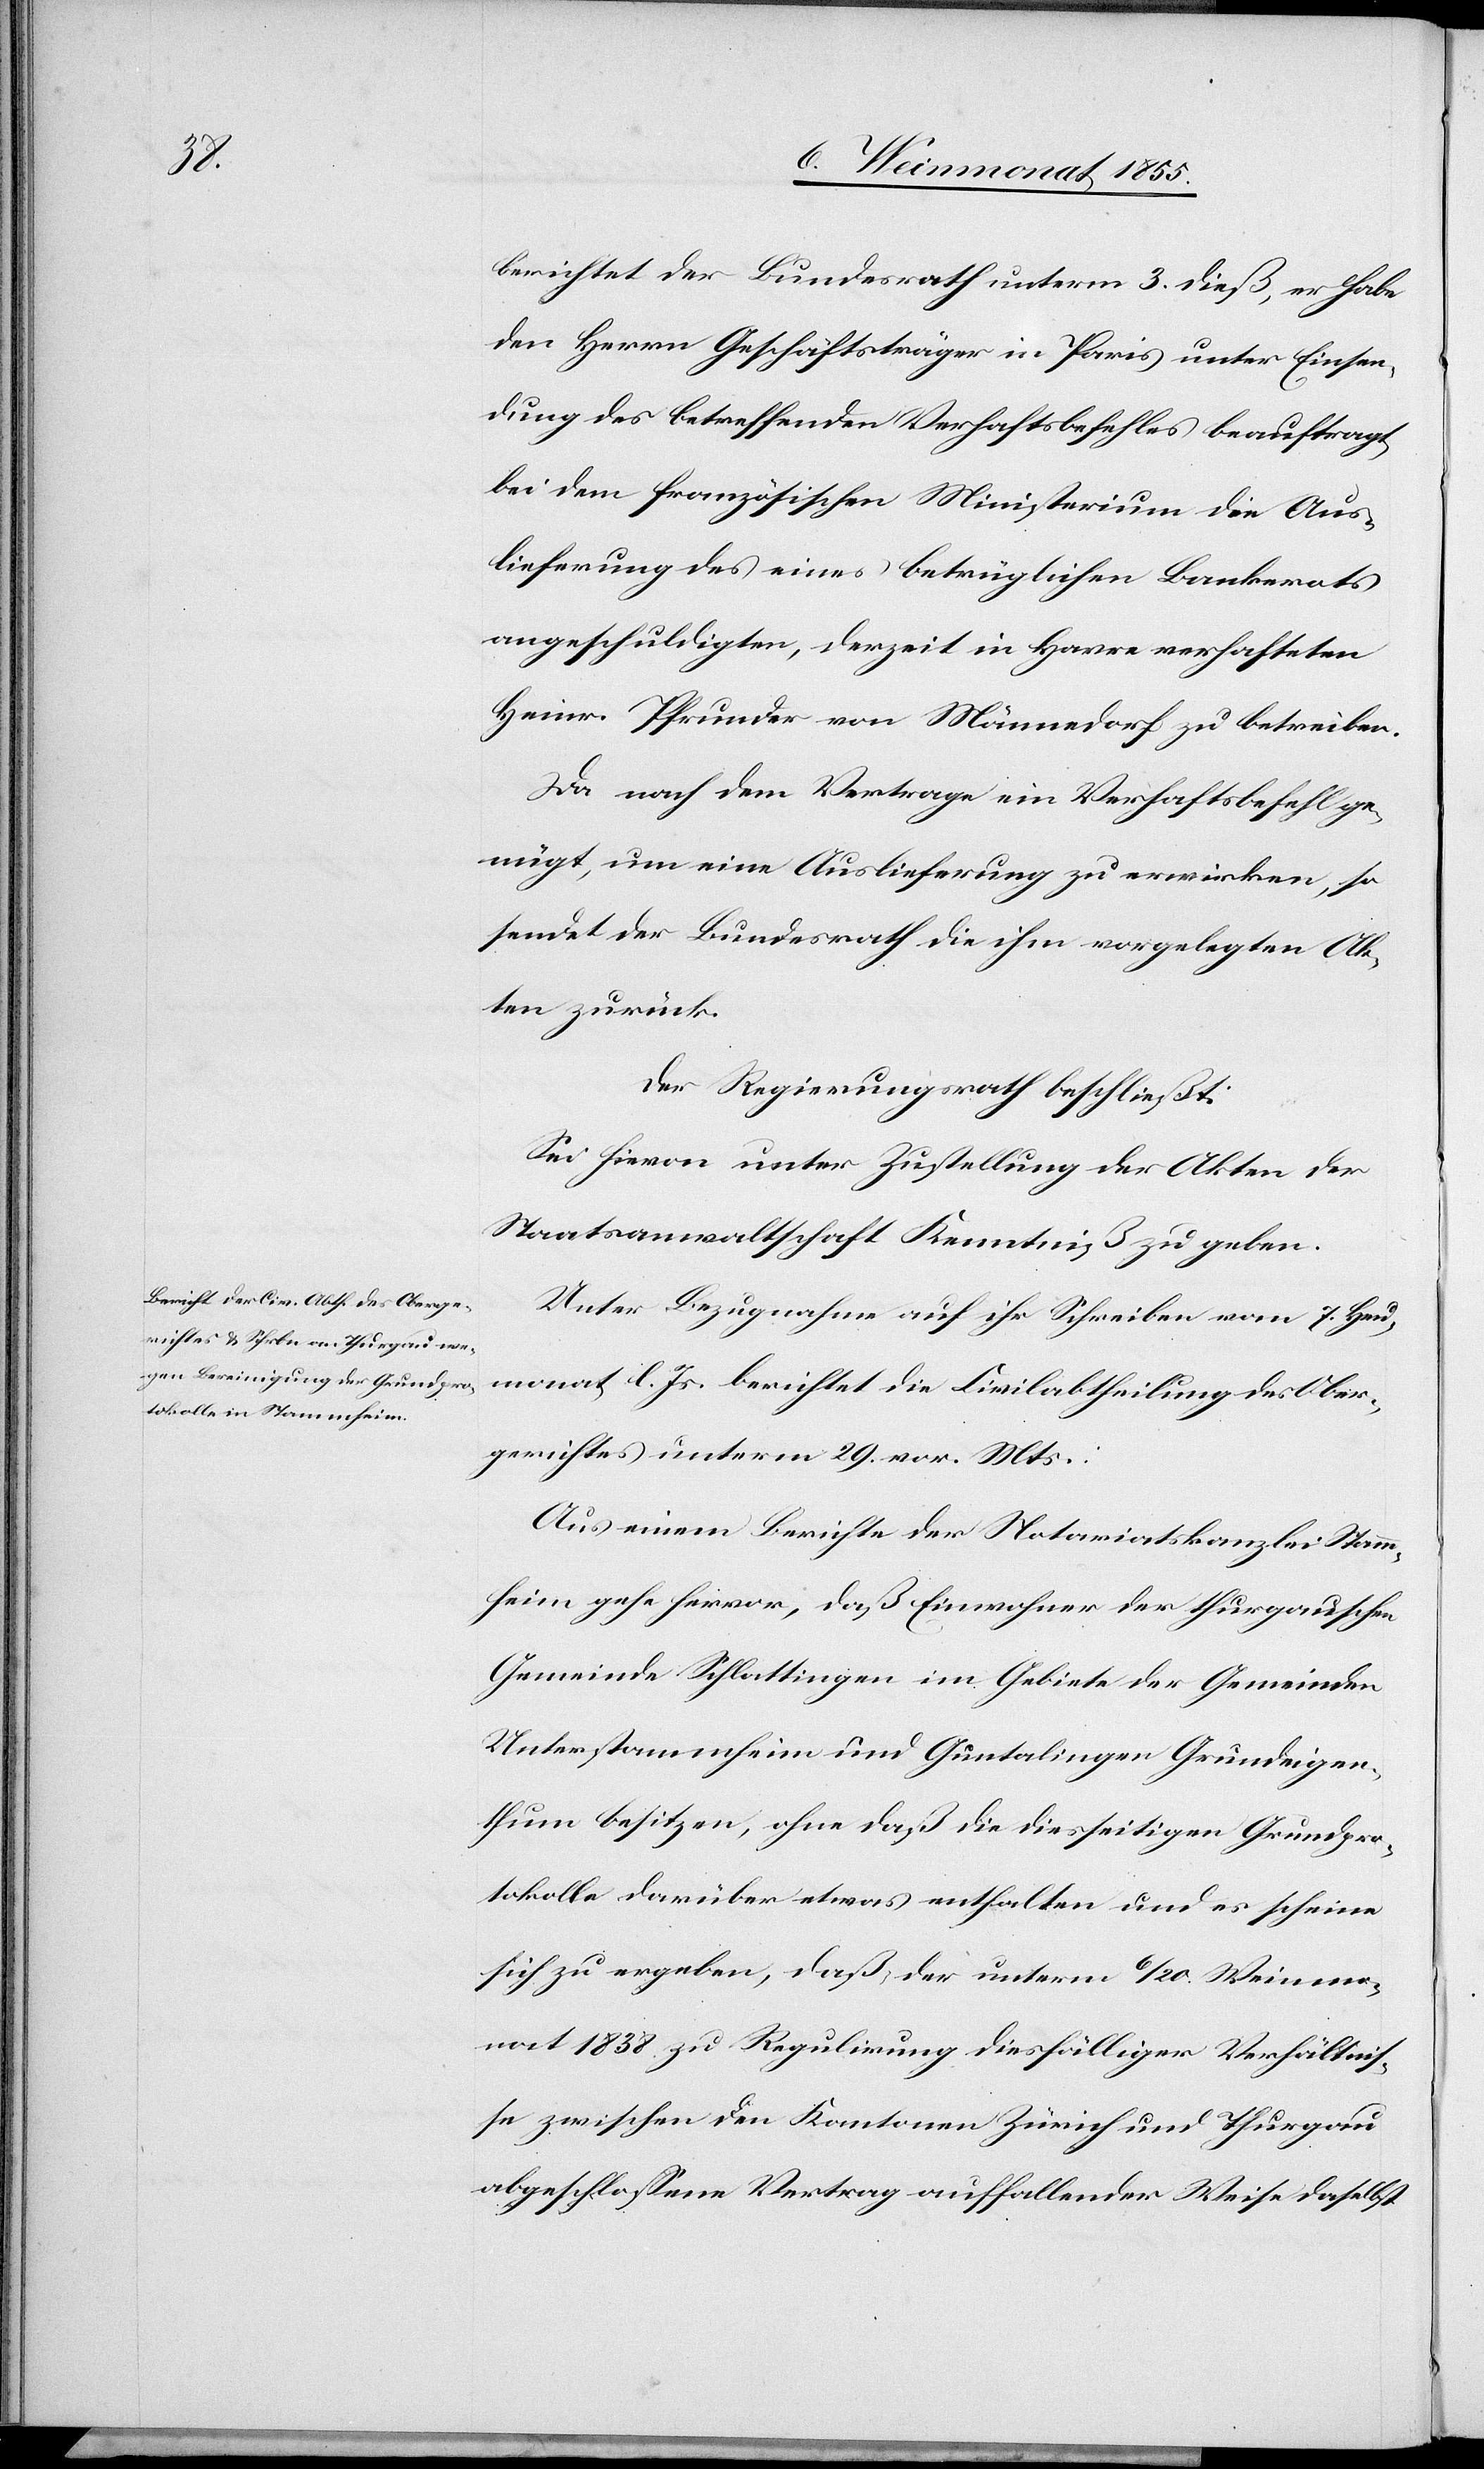
berichtet der Bundesrath unterm 3. dieß, er habe
den Herrn Geschäftsträger in Paris unter Einsen¬
dung des betreffenden Verhaftsbefehles beauftragt
bei dem französischen Ministerium die Aus¬
lieferung des eines betrüglichen Bankerots
angeschuldigten, derzeit in Havre verhafteten
Heinr. Pfrunder von Männedorf zu betreiben.
Da nach dem Vertrage ein Verhaftsbefehl ge¬
nügt, um eine Auslieferung zu erwirken, so
sendet der Bundesrath die ihm vorgelegten Ak¬
ten zurück.
Der Regierungsrath beschließt:
Sei hievon unter Zustellung der Akten der
Staatsanwaltschaft Kenntniß zu geben.
Unter Bezugnahme auf ihr Schreiben vom 7. Heu¬
monat l. Js. berichtet die Civilabtheilung des Ober¬
gerichtes unterm 29. vor. Mts.:
Aus einem Berichte der Notariatskanzlei Stamm¬
heim gehe hervor, daß Einwohner der thurgauschen
Gemeinde Schlattingen im Gebiete der Gemeinden
Unterstammheim und Guntalingen Grundeigen¬
thum besitzen, ohne daß die diesseitigen Grundpro¬
tokolle darüber etwas enthalten und es scheine
sich zu ergeben, daß der unterm 6 / 20. Weinmo¬
nat 1838 zu Regulirung diesfälliger Verhältnis¬
se zwischen den Kantonen Zürich und Thurgau
abgeschlossene Vertrag auffallender Weise daselbst